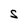
Character: S